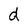
Character: d